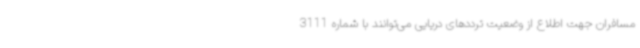
مسافران جهت اطلاع از وضعیت ترددهای دریایی می‌توانند با شماره 3111